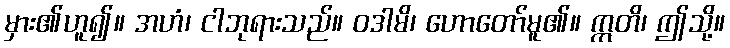
မှား၏ဟူ၍။ အဟံ၊ ငါဘုရားသည်။ ဝဒါမိ၊ ဟောတော်မူ၏။ ဣတိ၊ ဤသို့။